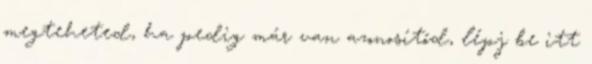
megteheted, ha pedig már van azonosítód, lépj be itt